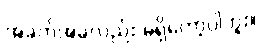
အခက်အခဲလည်း မရှိတော့ပါဘူး။